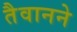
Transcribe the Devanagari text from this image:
तैवानने